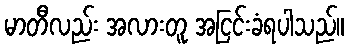
မာတီလည်း အလားတူ အငြင်းခံရပါသည်။